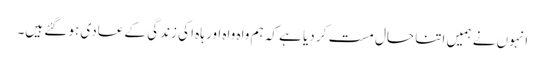
انہوں نے ہمیں اتنا حال مست کر دیا ہے کہ ہم واہ واہ اور ہاہ ا کی زندگی کے عادی ہو گئے ہیں۔